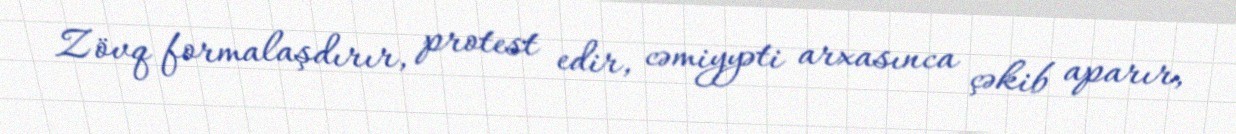
Zövq formalaşdırır, protest edir, cəmiyyəti arxasınca çəkib aparır,